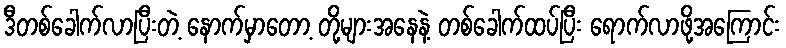
ဒီတစ်ခေါက်လာပြီးတဲ့ နောက်မှာတော့ တို့များအနေနဲ့ တစ်ခေါက်ထပ်ပြီး ရောက်လာဖို့အကြောင်း